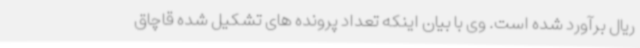
ریال برآورد شده است. وی با بیان اینکه تعداد پرونده های تشکیل شده قاچاق